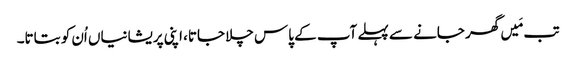
تب مَیں گھر جانے سے پہلے آپ کے پاس چلا جاتا، اپنی پریشانیاں اُن کو بتاتا۔